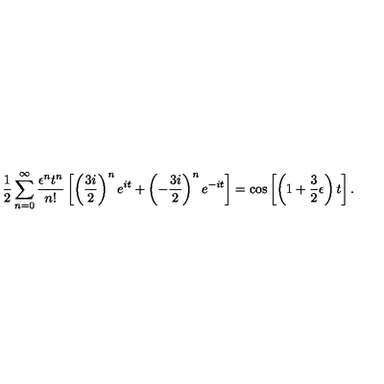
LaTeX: { \frac { 1 } { 2 } } \sum _ { n = 0 } ^ { \infty } { \frac { \epsilon ^ { n } t ^ { n } } { n ! } } \left[ \left( { \frac { 3 i } { 2 } } \right) ^ { n } e ^ { i t } + \left( - { \frac { 3 i } { 2 } } \right) ^ { n } e ^ { - i t } \right] = \cos \left[ \left( 1 + { \frac { 3 } { 2 } } \epsilon \right) t \right] .